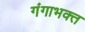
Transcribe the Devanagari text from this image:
गंगाभक्त